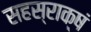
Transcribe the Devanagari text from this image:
सहस्राक्षं